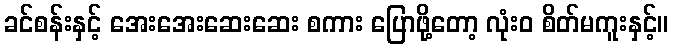
ခင်စန်းနှင့် အေးအေးဆေးဆေး စကား ပြောဖို့တော့ လုံးဝ စိတ်မကူးနှင့်။